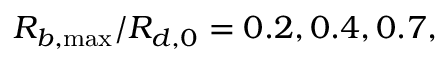
R _ { b , \operatorname* { m a x } } / R _ { d , 0 } = 0 . 2 , 0 . 4 , 0 . 7 ,